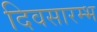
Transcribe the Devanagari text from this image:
दिवसारम्भ